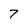
Character: 7